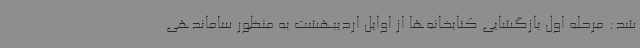
شد: مرحله اول بازگشایی کتابخانه‌ها از اوایل اردیبهشت به منظور ساماندهی